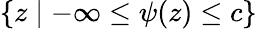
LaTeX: \{ z\mid-\infty\leq\psi(z)\leq c\}